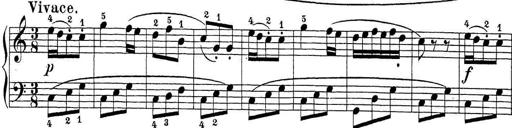
Title: Sonatina Album
Composer: Louis KÃ¶hler